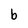
Character: b